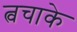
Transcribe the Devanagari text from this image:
त्वचाके